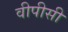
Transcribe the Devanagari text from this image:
वीपीसी